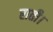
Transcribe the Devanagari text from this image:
राती।